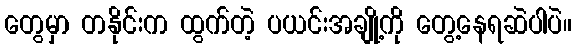
တွေမှာ တနိုင်းက ထွက်တဲ့ ပယင်းအချို့ကို တွေ့နေရဆဲပါပဲ။